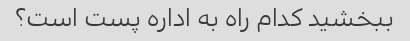
ببخشید کدام راه به اداره پست است؟